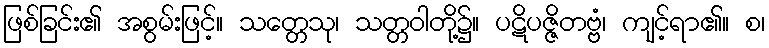
ဖြစ်ခြင်း၏ အစွမ်းဖြင့်။ သတ္တေသု၊ သတ္တဝါတို့၌။ ပဋိပဇ္ဇိတဗ္ဗံ၊ ကျင့်ရာ၏။ စ၊